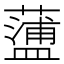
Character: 𧁔